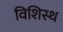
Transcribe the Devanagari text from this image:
विशिस्थ